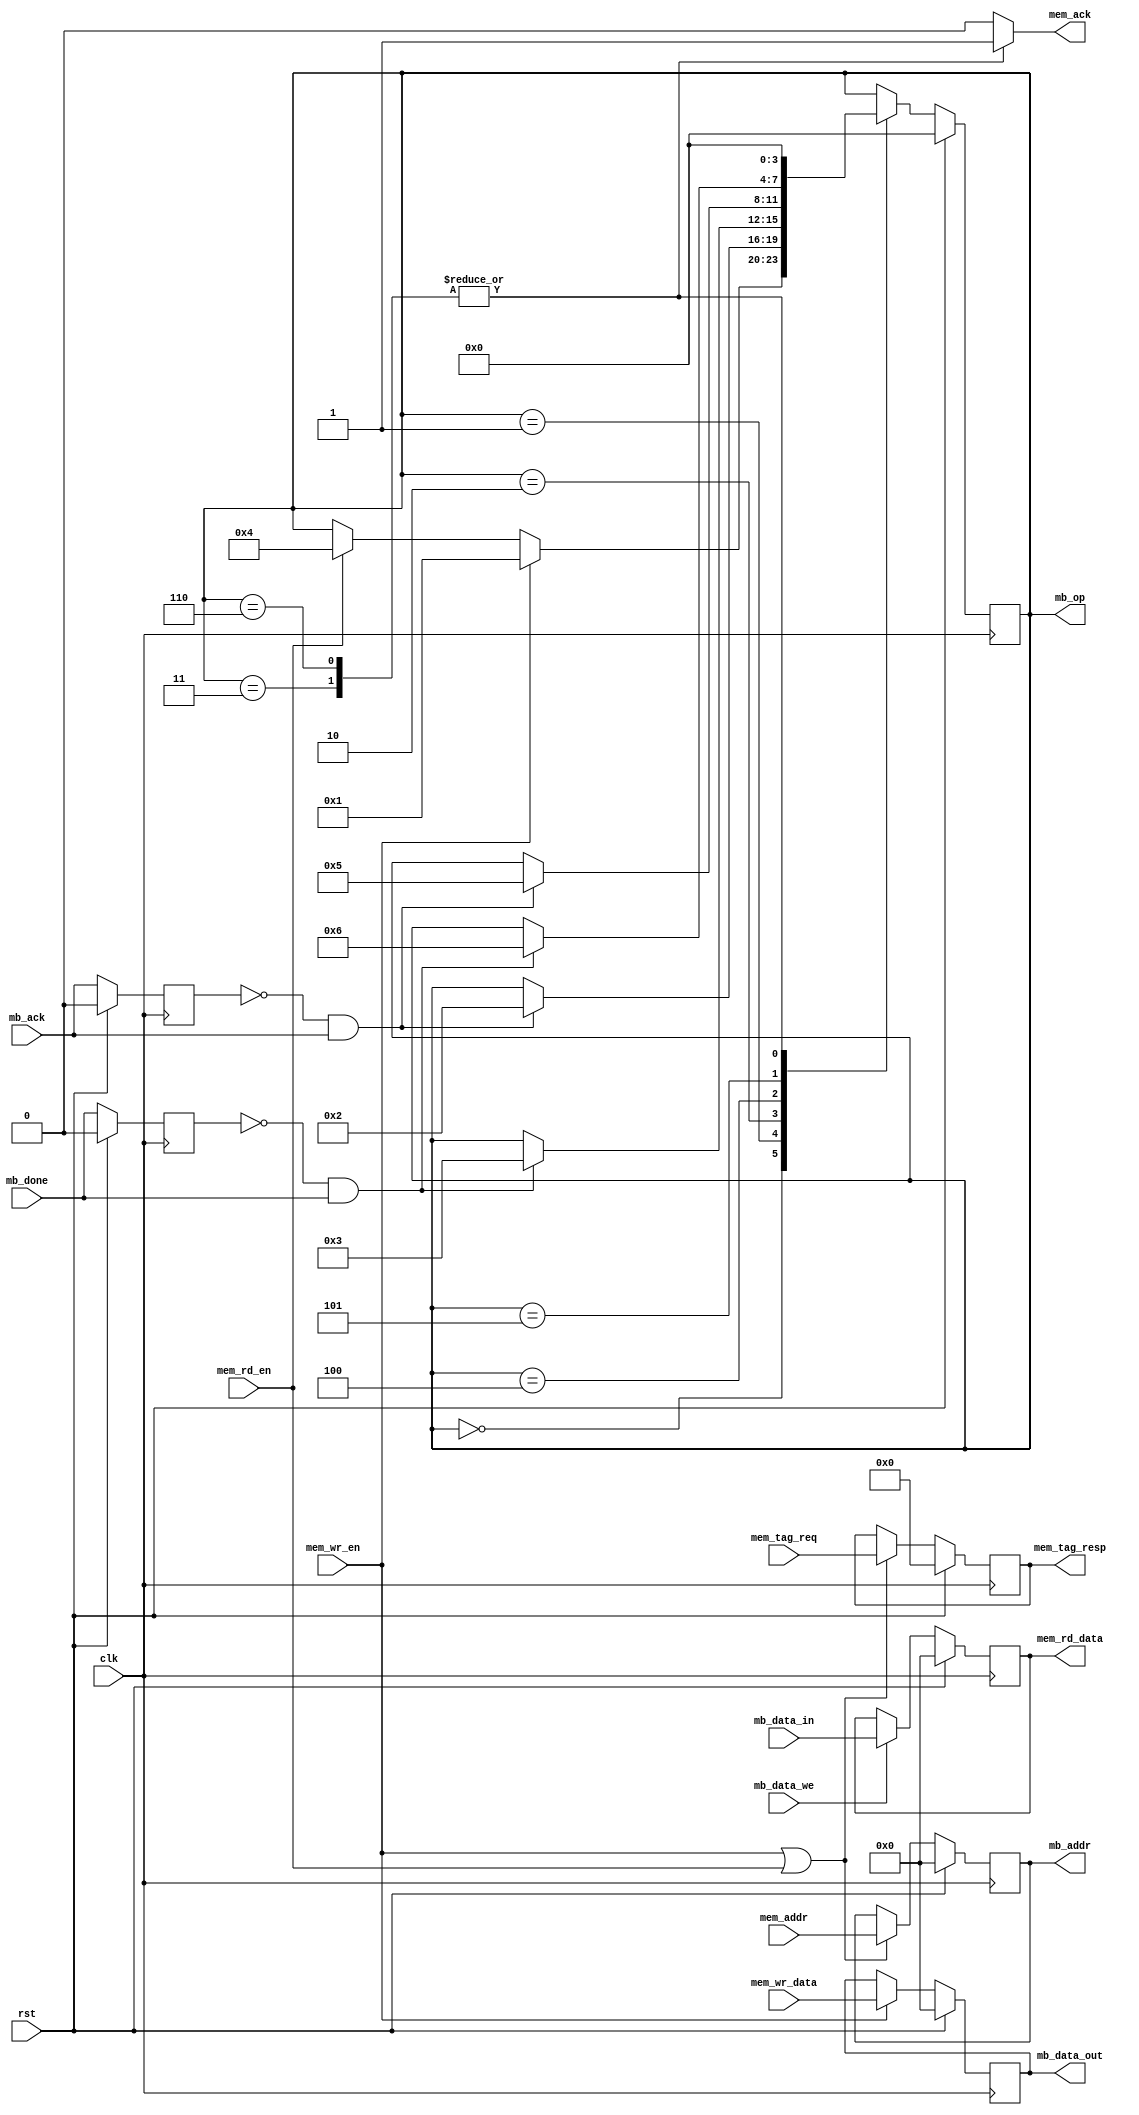
module fpga_memory
(
  // input
  // LSU
  mem_wr_en, mem_rd_en,
  mem_addr, mem_wr_data, mem_tag_req,
  
  // MB
  mb_data_in, mb_data_we, mb_ack, mb_done,
  
  clk, rst,
  // output
  // LSU
  mem_tag_resp, mem_rd_data, mem_ack,
  
  // MB
  mb_op, mb_data_out, mb_addr
);

input clk;
input rst;

input mem_wr_en;
input mem_rd_en;
input [31:0] mem_addr;
input [31:0] mem_wr_data;
input [6:0] mem_tag_req;

input [31:0] mb_data_in;
input mb_data_we;
input mb_ack;
input mb_done;

output [31:0] mem_rd_data;
output [6:0] mem_tag_resp;
output mem_ack;

output [3:0] mb_op;
output [31:0] mb_data_out;
output [31:0] mb_addr;

reg [31:0] mem_addr_reg;
//reg [31:0] mem_wr_en;
reg [31:0] mb_data_out_reg;
reg[6:0] mem_tag_req_reg;

reg[3:0] mem_state;
reg[3:0] mem_state_next;

reg [31:0] mb_data_in_reg;
reg mem_ack_reg;
reg mb_ack_reg;
reg mb_done_reg;

`define MEM_IDLE 4'b0000
`define MEM_WR_ACK_WAIT 4'b0001
`define MEM_WR_RDY_WAIT 4'b0010
`define MEM_WR_LSU_TO 4'b0011
`define MEM_RD_ACK_WAIT 4'b0100
`define MEM_RD_RDY_WAIT 4'b0101
`define MEM_RD_LSU_TO 4'b0110

assign mem_tag_resp = mem_tag_req_reg;
assign mem_rd_data = mb_data_in_reg;
assign mem_ack = mem_ack_reg;

assign mb_data_out = mb_data_out_reg;
assign mb_addr = mem_addr_reg;
assign mb_op = mem_state;

always@(posedge clk) begin
  if(rst) begin
    mem_state <= `MEM_IDLE;
    mb_data_out_reg <= 32'd0;
    mem_addr_reg <= 32'd0;
    mem_tag_req_reg <= 7'd0;
    mb_data_in_reg <= 32'd0;
    mb_ack_reg <= 1'b0;
    mb_done_reg <= 1'b0;
  end
  else begin
    mb_ack_reg <= mb_ack;
    mb_done_reg <= mb_done;
    mem_state <= mem_state_next;
    
    mb_data_out_reg <= mb_data_out_reg;
    if(mem_wr_en) begin
      mb_data_out_reg <= mem_wr_data;
    end
    
    mem_addr_reg <= mem_addr_reg;
    mem_tag_req_reg <= mem_tag_req_reg;
    if(mem_wr_en | mem_rd_en) begin
      mem_addr_reg <= mem_addr;
      mem_tag_req_reg <= mem_tag_req;
    end
    
    mb_data_in_reg <= mb_data_in_reg;
    if(mb_data_we) begin
      mb_data_in_reg <= mb_data_in;
    end
  end
end

always@(*) begin
  mem_state_next <= mem_state;
  mem_ack_reg <= 1'b0;
  case(mem_state)
    `MEM_IDLE: begin
      if(mem_wr_en) begin
        mem_state_next <= `MEM_WR_ACK_WAIT;
      end
      else if(mem_rd_en) begin
        mem_state_next <= `MEM_RD_ACK_WAIT;
      end
    end
    `MEM_WR_ACK_WAIT: begin
      if(~mb_ack_reg & mb_ack) begin
        mem_state_next <= `MEM_WR_RDY_WAIT;
      end
    end
    `MEM_WR_RDY_WAIT: begin
      if(~mb_done_reg & mb_done) begin
        mem_state_next <= `MEM_WR_LSU_TO;
      end
    end
    `MEM_WR_LSU_TO: begin
      mem_ack_reg <= 1'b1;
      mem_state_next <= `MEM_IDLE;
    end
    `MEM_RD_ACK_WAIT: begin
      if(~mb_ack_reg & mb_ack) begin
        mem_state_next <= `MEM_RD_RDY_WAIT;
      end
    end
    `MEM_RD_RDY_WAIT: begin
      if(~mb_done_reg & mb_done) begin
        mem_state_next <= `MEM_RD_LSU_TO;
      end
    end
    `MEM_RD_LSU_TO: begin
      mem_ack_reg <= 1'b1;
      mem_state_next <= `MEM_IDLE;
    end
    default: mem_state_next <= mem_state;
  endcase
end

endmodule